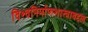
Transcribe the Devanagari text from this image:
विश्वनिर्माणशास्त्राबद्दल